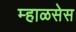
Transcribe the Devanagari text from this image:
म्हाळसेस